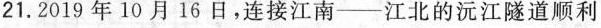
21.2019年10月16日，连接江南--江北的沅江隧道顺利